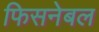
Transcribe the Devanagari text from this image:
फिसनेबल